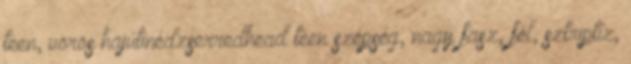
teen, vörös hajútinédzserredhead teen szépség, nagy fasz, fél, sztriptíz,